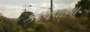
કાપવાના